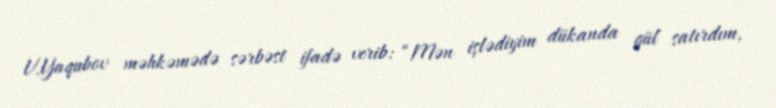
V.Yaqubov məhkəmədə sərbəst ifadə verib: “Mən işlədiyim dükanda gül satırdım,